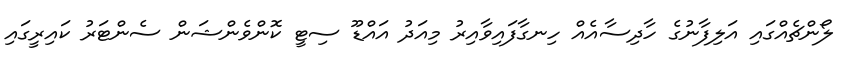
ލޯންޗެއްގައި އަލިފާނުގެ ހާދިސާއެއް ހިނގާފައިވާއިރު މިއަދު އައްޑޫ ސިޓީ ކޮންވެންޝަން ސެންޓަރު ކައިރީގައި